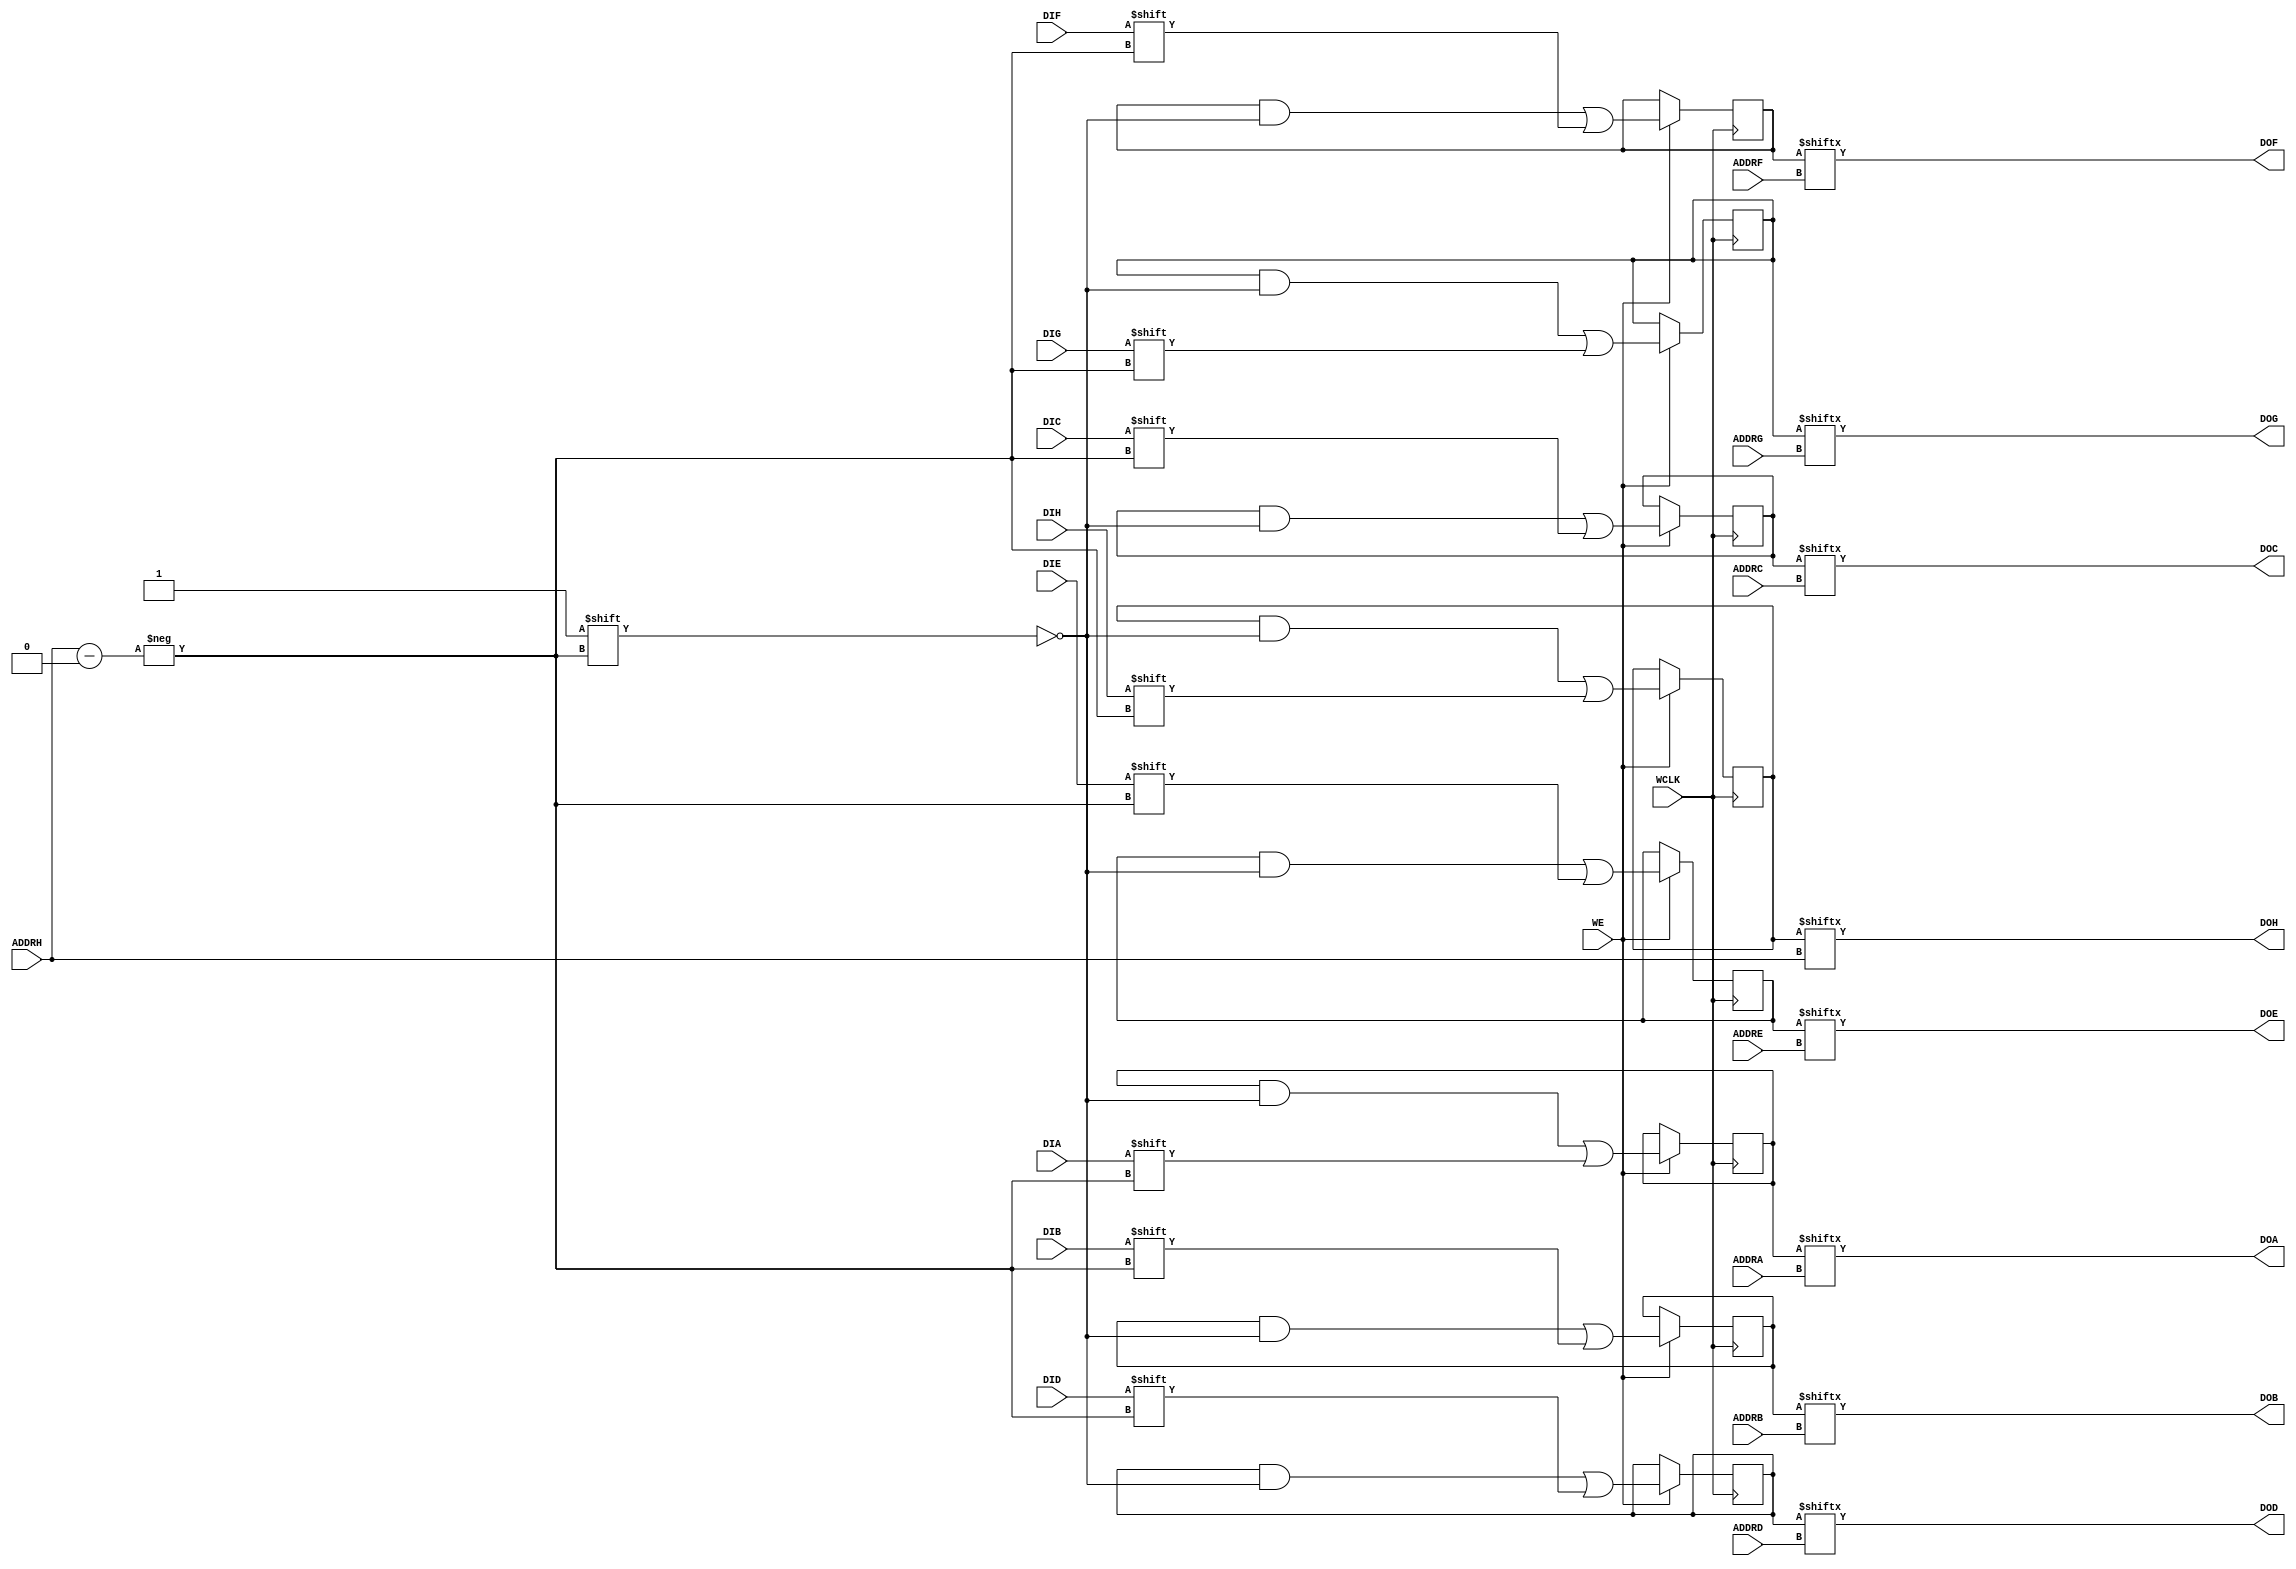
`ifdef verilator3
`else
`timescale 1 ps / 1 ps
`endif
//
// RAM64M8 primitive for Xilinx FPGAs
// Compatible with Verilator tool (www.veripool.org)
// Copyright (c) 2019-2022 Frdric REQUIN
// License : BSD
//

/* verilator coverage_off */
module RAM64M8
#(
    parameter  [63:0] INIT_A           = 64'h0,
    parameter  [63:0] INIT_B           = 64'h0,
    parameter  [63:0] INIT_C           = 64'h0,
    parameter  [63:0] INIT_D           = 64'h0,
    parameter  [63:0] INIT_E           = 64'h0,
    parameter  [63:0] INIT_F           = 64'h0,
    parameter  [63:0] INIT_G           = 64'h0,
    parameter  [63:0] INIT_H           = 64'h0,
    parameter   [0:0] IS_WCLK_INVERTED = 1'b0
)
(
    // Write clock
    input  wire       WCLK,
    // Write enable
    input  wire       WE,
    // Port A
    input  wire [5:0] ADDRA,
    input  wire       DIA,
    output wire       DOA,
    // Port B
    input  wire [5:0] ADDRB,
    input  wire       DIB,
    output wire       DOB,
    // Port C
    input  wire [5:0] ADDRC,
    input  wire       DIC,
    output wire       DOC,
    // Port D
    input  wire [5:0] ADDRD,
    input  wire       DID,
    output wire       DOD,
    // Port E
    input  wire [5:0] ADDRE,
    input  wire       DIE,
    output wire       DOE,
    // Port F
    input  wire [5:0] ADDRF,
    input  wire       DIF,
    output wire       DOF,
    // Port G
    input  wire [5:0] ADDRG,
    input  wire       DIG,
    output wire       DOG,
    // Port H
    input  wire [5:0] ADDRH,
    input  wire       DIH,
    output wire       DOH
);
    // 64 x 8-bit Select RAM
    reg [63:0] _r_mem_a;
    reg [63:0] _r_mem_b;
    reg [63:0] _r_mem_c;
    reg [63:0] _r_mem_d;
    reg [63:0] _r_mem_e;
    reg [63:0] _r_mem_f;
    reg [63:0] _r_mem_g;
    reg [63:0] _r_mem_h;

    // Power-up value
    initial begin : INIT_STATE
        _r_mem_a = INIT_A;
        _r_mem_b = INIT_B;
        _r_mem_c = INIT_C;
        _r_mem_d = INIT_D;
        _r_mem_e = INIT_E;
        _r_mem_f = INIT_F;
        _r_mem_g = INIT_G;
        _r_mem_h = INIT_H;
    end
    
    // Synchronous memory write
    generate
        if (IS_WCLK_INVERTED) begin : GEN_WCLK_NEG
            always @(negedge WCLK) begin : MEM_WRITE
            
                if (WE) begin
                    _r_mem_a[ADDRH] <= DIA;
                    _r_mem_b[ADDRH] <= DIB;
                    _r_mem_c[ADDRH] <= DIC;
                    _r_mem_d[ADDRH] <= DID;
                    _r_mem_e[ADDRH] <= DIE;
                    _r_mem_f[ADDRH] <= DIF;
                    _r_mem_g[ADDRH] <= DIG;
                    _r_mem_h[ADDRH] <= DIH;
                end
            end
        end
        else begin : GEN_WCLK_POS
            always @(posedge WCLK) begin : MEM_WRITE
            
                if (WE) begin
                    _r_mem_a[ADDRH] <= DIA;
                    _r_mem_b[ADDRH] <= DIB;
                    _r_mem_c[ADDRH] <= DIC;
                    _r_mem_d[ADDRH] <= DID;
                    _r_mem_e[ADDRH] <= DIE;
                    _r_mem_f[ADDRH] <= DIF;
                    _r_mem_g[ADDRH] <= DIG;
                    _r_mem_h[ADDRH] <= DIH;
                end
            end
        end
    endgenerate
    
    // Asynchronous memory read
    assign DOA = _r_mem_a[ADDRA];
    assign DOB = _r_mem_b[ADDRB];
    assign DOC = _r_mem_c[ADDRC];
    assign DOD = _r_mem_d[ADDRD];
    assign DOE = _r_mem_e[ADDRE];
    assign DOF = _r_mem_f[ADDRF];
    assign DOG = _r_mem_g[ADDRG];
    assign DOH = _r_mem_h[ADDRH];
    
endmodule
/* verilator coverage_on */